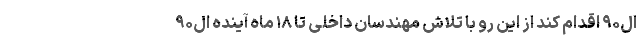
ال۹۰ اقدام کند از این رو با تلاش مهندسان داخلی تا ۱۸ ماه آینده ال۹۰